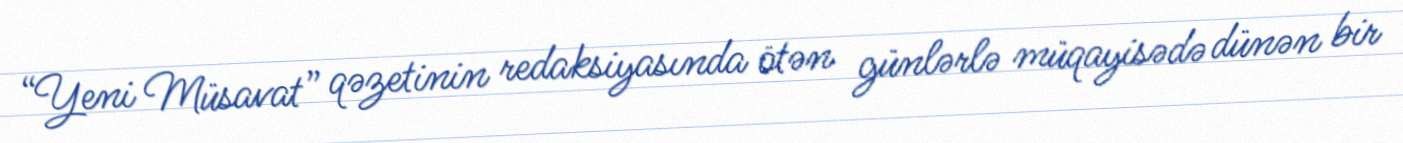
“Yeni Müsavat” qəzetinin redaksiyasında ötən günlərlə müqayisədə dünən bir